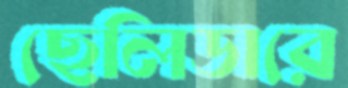
ছেলিডারে